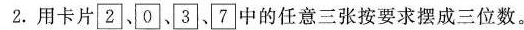
2.用卡片 \boxed{2}、\boxed{0}、\boxed{3}、\boxed{7} 的任意三张按要求摆成三位数。